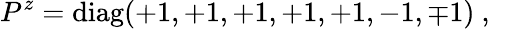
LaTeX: P^{z}=\mathrm{diag}(+1,+1,+1,+1,+1,-1,\mp 1)~,~\,